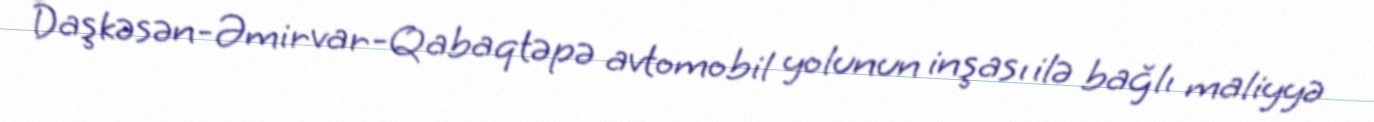
Daşkəsən-Əmirvar-Qabaqtəpə avtomobil yolunun inşası ilə bağlı maliyyə